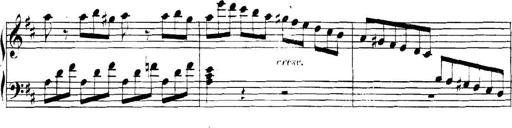
Title: Collected Piano Sonatas
Composer: Muzio Clementi